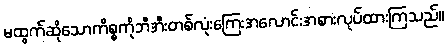
မထွက်ဆိုသောကိစ္စကိုဘီအီးတစ်လုံးကြေးအလောင်းအစားလုပ်ထားကြသည်။